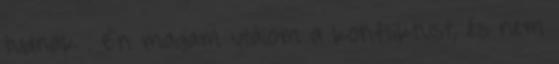
tudnak . Én magam utálom a konfliktust, és nem